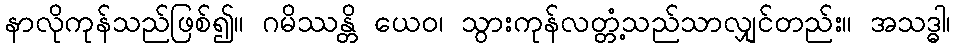
နာလိုကုန်သည်ဖြစ်၍။ ဂမိဿန္တိ ယေဝ၊ သွားကုန်လတ္တံ့သည်သာလျှင်တည်း။ အသဒ္ဓါ၊